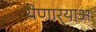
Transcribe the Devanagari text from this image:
येणार्‍याअ